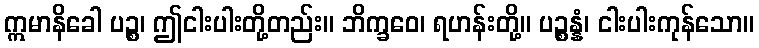
ဣမာနိခေါ ပဉ္စ၊ ဤငါးပါးတို့တည်း။ ဘိက္ခဝေ၊ ရဟန်းတို့။ ပဉ္စန္နံ၊ ငါးပါးကုန်သော။